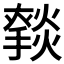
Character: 𰟥